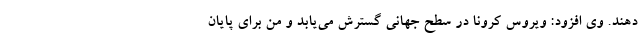
دهند. وی افزود: ویروس کرونا در سطح جهانی گسترش می‌یابد و من برای پایان